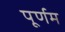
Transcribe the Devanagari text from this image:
पूर्णम